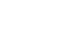
ဝိဒတ္ထိ